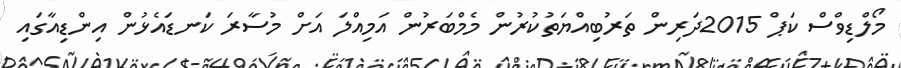
މޯލްޑިވްސް ކަޕް 2015ދަރިން ތަރުބިއްޔަތުކުރުން މެމްބަރުން އަމިއްލަ އަށް މުސާރަ ކަނޑައެޅުން އިންޑިއާގައި